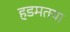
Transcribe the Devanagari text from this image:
हडमतया